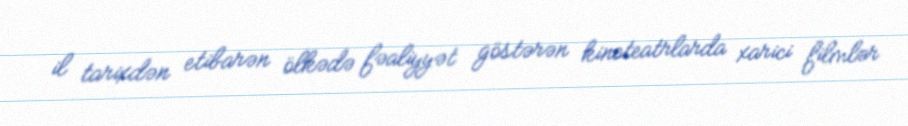
il tarixdən etibarən ölkədə fəaliyyət göstərən kinoteatrlarda xarici filmlər